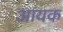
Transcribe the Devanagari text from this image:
आयक